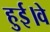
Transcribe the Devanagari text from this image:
हुई।वे